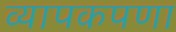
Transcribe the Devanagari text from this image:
व्यापकपणा